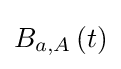
B_{a,A}\left(t\right)